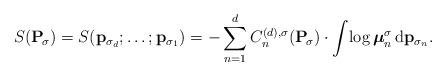
LaTeX: \begin{align*}S(\mathbf{P}_{\!\sigma}) = S(\mathbf{p}_{\sigma_d};\ldots;\mathbf{p}_{\sigma_1}) = -\sum_{n=1}^{d} C_{n}^{(d), \sigma}(\mathbf{P}_{\!\sigma}) \cdot \int\! \log \boldsymbol{\mu}_n^{\sigma}\,\mathrm{d}\mathbf{p}_{\sigma_n}.\end{align*}